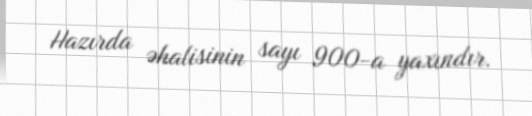
Hazırda əhalisinin sayı 900-a yaxındır.